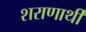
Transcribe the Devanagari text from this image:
शराणार्थी